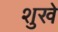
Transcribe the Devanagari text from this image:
शुखे